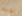
لونك